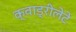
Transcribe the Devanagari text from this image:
क्वाड्रीलेटे